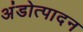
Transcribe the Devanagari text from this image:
अंडोत्पादन